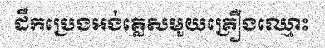
ដឹកប្រេងអង់គ្លេសមួយគ្រឿងឈ្មោះ